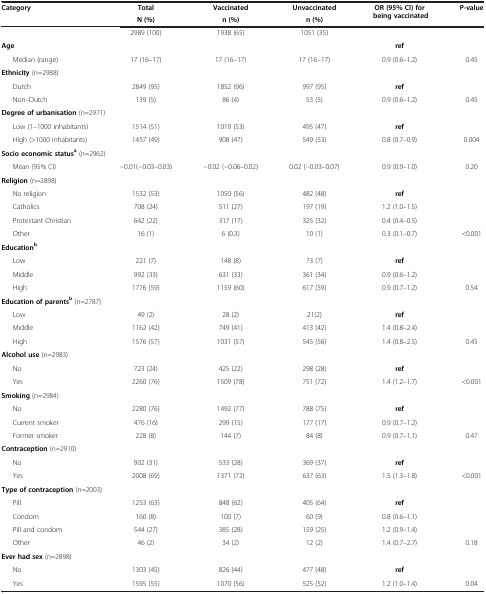
<table><thead><tr><td rowspan="2"><b>Category</b></td><td><b>Total</b></td><td><b>Vaccinated</b></td><td><b>Unvaccinated</b></td><td rowspan="2"><b>OR (95% CI) for being vaccinated</b></td><td rowspan="2"><b>P-value</b></td></tr><tr><td><b>N (%)</b></td><td><b>n (%)</b></td><td><b>n (%)</b></td></tr></thead><tbody><tr><td> </td><td>2989 (100)</td><td>1938 (65)</td><td>1051 (35)</td><td> </td><td> </td></tr><tr><td><b>Age</b></td><td> </td><td> </td><td> </td><td><b>ref</b></td><td> </td></tr><tr><td>Median (range)</td><td>17 (16–17)</td><td>17 (16–17)</td><td>17 (16–17)</td><td>0.9 (0.6–1.2)</td><td>0.45</td></tr><tr><td><b>Ethnicity</b> (n=2988)</td><td> </td><td> </td><td> </td><td> </td><td> </td></tr><tr><td>Dutch</td><td>2849 (95)</td><td>1852 (96)</td><td>997 (95)</td><td><b>ref</b></td><td> </td></tr><tr><td>Non–Dutch</td><td>139 (5)</td><td>86 (4)</td><td>53 (5)</td><td>0.9 (0.6–1.2)</td><td>0.45</td></tr><tr><td colspan="2"><b>Degree of urbanisation</b> (n=2971)</td><td> </td><td> </td><td> </td><td> </td></tr><tr><td>Low (1–1000 inhabitants)</td><td>1514 (51)</td><td>1019 (53)</td><td>495 (47)</td><td><b>ref</b></td><td> </td></tr><tr><td>High (&gt;1000 inhabitants)</td><td>1457 (49)</td><td>908 (47)</td><td>549 (53)</td><td>0.8 (0.7–0.9)</td><td>0.004</td></tr><tr><td colspan="2"><b>Socio economic status</b><sup><b>a</b></sup> (n=2962)</td><td> </td><td> </td><td> </td><td> </td></tr><tr><td>Mean (95% CI)</td><td>−0.01(−0.03–0.03)</td><td>−0.02 (−0.06–0.02)</td><td>0.02 (−0.03–0.07)</td><td>0.9 (0.9–1.0)</td><td>0.20</td></tr><tr><td><b>Religion</b> (n=2898)</td><td> </td><td> </td><td> </td><td> </td><td> </td></tr><tr><td>No religion</td><td>1532 (53)</td><td>1050 (56)</td><td>482 (48)</td><td><b>ref</b></td><td> </td></tr><tr><td>Catholics</td><td>708 (24)</td><td>511 (27)</td><td>197 (19)</td><td>1.2 (1.0–1.5)</td><td> </td></tr><tr><td>Protestant Christian</td><td>642 (22)</td><td>317 (17)</td><td>325 (32)</td><td>0.4 (0.4–0.5)</td><td> </td></tr><tr><td>Other</td><td>16 (1)</td><td>6 (0.3)</td><td>10 (1)</td><td>0.3 (0.1–0.7)</td><td>&lt;0.001</td></tr><tr><td><b>Education</b><sup><b>b</b></sup></td><td> </td><td> </td><td> </td><td> </td><td> </td></tr><tr><td>Low</td><td>221 (7)</td><td>148 (8)</td><td>73 (7)</td><td><b>ref</b></td><td> </td></tr><tr><td>Middle</td><td>992 (33)</td><td>631 (33)</td><td>361 (34)</td><td>0.9 (0.6–1.2)</td><td> </td></tr><tr><td>High</td><td>1776 (59)</td><td>1159 (60)</td><td>617 (59)</td><td>0.9 (0.7–1.2)</td><td>0.54</td></tr><tr><td colspan="2"><b>Education of parents</b><sup><b>b</b></sup> (n=2787)</td><td> </td><td> </td><td> </td><td> </td></tr><tr><td>Low</td><td>49 (2)</td><td>28 (2)</td><td>21(2)</td><td><b>ref</b></td><td> </td></tr><tr><td>Middle</td><td>1162 (42)</td><td>749 (41)</td><td>413 (42)</td><td>1.4 (0.8–2.4)</td><td> </td></tr><tr><td>High</td><td>1576 (57)</td><td>1031 (57)</td><td>545 (56)</td><td>1.4 (0.8–2.5)</td><td>0.45</td></tr><tr><td colspan="2"><b>Alcohol use</b> (n=2983)</td><td> </td><td> </td><td> </td><td> </td></tr><tr><td>No</td><td>723 (24)</td><td>425 (22)</td><td>298 (28)</td><td><b>ref</b></td><td> </td></tr><tr><td>Yes</td><td>2260 (76)</td><td>1509 (78)</td><td>751 (72)</td><td>1.4 (1.2–1.7)</td><td>&lt;0.001</td></tr><tr><td colspan="2"><b>Smoking</b> (n=2984)</td><td> </td><td> </td><td> </td><td> </td></tr><tr><td>No</td><td>2280 (76)</td><td>1492 (77)</td><td>788 (75)</td><td><b>ref</b></td><td> </td></tr><tr><td>Current smoker</td><td>476 (16)</td><td>299 (15)</td><td>177 (17)</td><td>0.9 (0.7–1.2)</td><td> </td></tr><tr><td>Former smoker</td><td>228 (8)</td><td>144 (7)</td><td>84 (8)</td><td>0.9 (0.7–1.1)</td><td>0.47</td></tr><tr><td colspan="2"><b>Contraception</b> (n=2910)</td><td> </td><td> </td><td> </td><td> </td></tr><tr><td>No</td><td>902 (31)</td><td>533 (28)</td><td>369 (37)</td><td><b>ref</b></td><td> </td></tr><tr><td>Yes</td><td>2008 (69)</td><td>1371 (72)</td><td>637 (63)</td><td>1.5 (1.3–1.8)</td><td>&lt;0.001</td></tr><tr><td colspan="2"><b>Type of contraception</b> (n=2003)</td><td> </td><td> </td><td> </td><td> </td></tr><tr><td>Pill</td><td>1253 (63)</td><td>848 (62)</td><td>405 (64)</td><td><b>ref</b></td><td> </td></tr><tr><td>Condom</td><td>160 (8)</td><td>100 (7)</td><td>60 (9)</td><td>0.8 (0.6–1.1)</td><td> </td></tr><tr><td>Pill and condom</td><td>544 (27)</td><td>385 (28)</td><td>159 (25)</td><td>1.2 (0.9–1.4)</td><td> </td></tr><tr><td>Other</td><td>46 (2)</td><td>34 (2)</td><td>12 (2)</td><td>1.4 (0.7–2.7)</td><td>0.18</td></tr><tr><td colspan="2"><b>Ever had sex</b> (n=2898)</td><td> </td><td> </td><td> </td><td> </td></tr><tr><td>No</td><td>1303 (45)</td><td>826 (44)</td><td>477 (48)</td><td><b>ref</b></td><td> </td></tr><tr><td>Yes</td><td>1595 (55)</td><td>1070 (56)</td><td>525 (52)</td><td>1.2 (1.0–1.4)</td><td>0.04</td></tr></tbody></table>